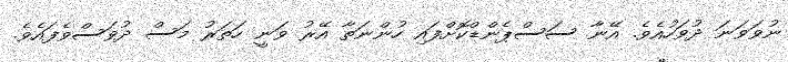
ނުވަވަނަ ދުވަހުއެވެ. އޭނާ ސަސްޕެންޑްކޮށްފައި ހުންނަތާ އޭރު ވަނީ ހަތަރު މަސް ދުވަސްވެފައެވެ.